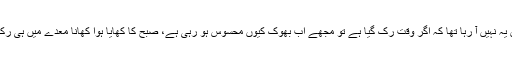
میری سمجھ میں یہ نہیں آ رہا تھا کہ اگر وقت رک گیا ہے تو مجھے اب بھوک کیوں محسوس ہو رہی ہے، صبح کا کھایا ہوا کھانا معدے میں ہی رک کیوں نہیں گیا۔